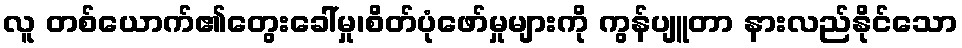
လူ တစ်ယောက်၏တွေးခေါ်မှု၊စိတ်ပုံဖော်မှုများကို ကွန်ပျူတာ နားလည်နိုင်သော